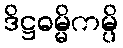
ဒိဋ္ဌဓမ္မိကမ္ပိ